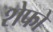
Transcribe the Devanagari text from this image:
शेफो